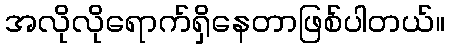
အလိုလိုရောက်ရှိနေတာဖြစ်ပါတယ်။